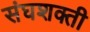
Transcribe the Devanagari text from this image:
संघशक्ती